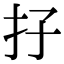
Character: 𡥅